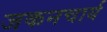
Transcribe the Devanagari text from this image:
जकनचार्य